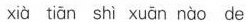
xià tiān shì xuān nào de